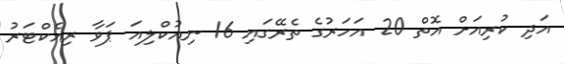
އަދި ކުރިއަށް އޮތް 20 އަހަރުގެ ތެރޭގައި 16 ނިއުކްލިއަ ޕަވާ ރިއެކްޓަރު